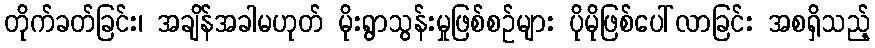
တိုက်ခတ်ခြင်း၊ အချိန်အခါမဟုတ် မိုးရွာသွန်းမှုဖြစ်စဉ်များ ပိုမိုဖြစ်ပေါ်လာခြင်း အစရှိသည့်